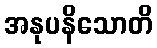
အနုပနိသောတိ